Vaccination North-Western Provinces and Oudh 1878-1895 - 1878-1895
Year: 1878
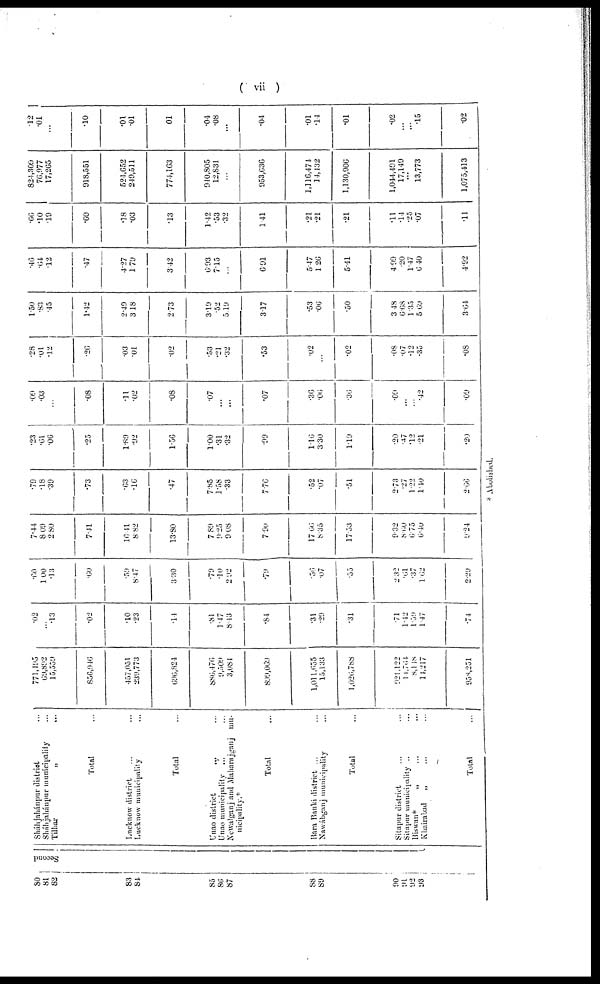
( vii )
80
81
82
83
84
85
86
87
88
89
90
91
92
93
Second
Sháh jahánpur district ...
Sháhjahánpur municipality ...
Tilhar
„ ...
Total ...
Lucknow district ... ...
Lucknow municipality ...
Total ...
Unao district
... ...
Unao municipality ... ...
Newalganj and Maharajganj
mu-
nicipality.*
Total ...
Bara Banki district ... ...
Nawábganj municipality ...
Total ...
Sitapur district ... ...
Sitapur municipality ... ...
Biswan*
„ ... ...
Khairabad
„ ... ..
Total ...
771,495
69,892
15,559
856,946
457,051
239,773
696,824
886,476
9,509
3,084
899,069
1,011,655
15,133
1,026,788
921,122
14,764
8,118
14,217
958,251
.02
...
.13
.02
.10
.23
.14
.81
1.47
8.43
.84
.31
.20
.31
.71
1.42
1.59
1.47
.74
.60
1.00
.13
.60
.59
8.47
3.30
.70
.10
2.92
.79
.56
.07
.55
2.32
.61
.37
1.62
2.20
7.44
8.09
2.80
7.41
16.41
8.82
13.80
7.89
9.25
9.08
7.90
17.66
8.35
17.53
9.32
8.60
6.75
0.40
9.24
.79
.18
.39
.73
.63
.16
.47
7.85
1.58
.33
7.76
.52
.07
.51
2.73
.27
1.22
1.40
2.66
.23
.61
.06
.25
1.80
.02
1.56
1.00
.31
.32
.99
1.16
3.30
1.19
.20
.17
.12
.21
.20
.09
.03
...
.08
.11
.02
.08
.07
...
...
.07
.36
.06
.36
.09
...
...
.42
.09
.28
.01
.12
.26
.03
.01
.02
.53
.21
.32
.53
.02
...
.02
.08
.07
.12
.35
.08
1.50
.83
.45
1.42
2.49
3.18
2.73
3.19
.52
5.19
3.17
.53
.06
.50
3.48
6.68
1.35
5.69
3.64
.46
.64
.12
.47
4.27
1.79
3.42
6.93
7.15
...
6.91
5.47
1.26
5.41
4.99
.20
1.47
6.40
4.92
.66
.10
.19
.60
.18
.03
.13
1.42
.53
.32
1.41
.21
.21
.21
.11
.14
.25
.07
.11
824,309
76,977
17,265
918,551
521,652
249,511
774,163
940,805
12,831
...
953,636
1,116,471
14,132
1,130,906
1,044,491
17,149
...
13,773
1,075,413
.12
.01
...
.10
.01
.01
.01
.01
.08
...
.01
.01
.14
.01
.02
...
...
.15
.02
* Abolished.